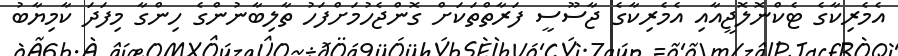
އެމެރިކާގެ ޓެކްނޮލޮޖީއާއި އެމެރިކާގެ ޖާސޫސީ ފަރާތްތަކަށް ގޮންޖެހުމަށްފަހު ތާލިބާނުންގެ ހިންގާ މިފަދަ ކާމިޔާބު